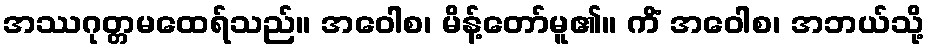
အဿဂုတ္တမထေရ်သည်။ အဝေါစ၊ မိန့်တော်မူ၏။ ကိံ အဝေါစ၊ အဘယ်သို့